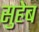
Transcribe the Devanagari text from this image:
सुहेब